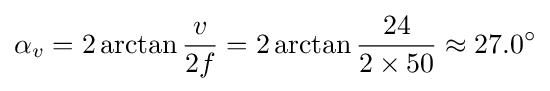
\alpha _{v}=2\arctan {\frac {v}{2f}}=2\arctan {\frac {24}{2\times 50}}\approx 27.0^{\circ }